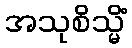
အသုစိသ္မိံ